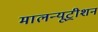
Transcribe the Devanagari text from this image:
मालन्यूट्रीशन